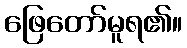
ဖြေတော်မူရ၏။